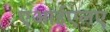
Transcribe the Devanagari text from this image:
एआईएलए